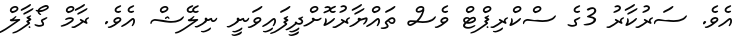
އެވެ. ސަރުކާރު 3ގެ ސްކްރިޕްޓް ވެސް ތައްޔާރުކޮށްދީފައިވަނީ ނިލޭޝް އެވެ. ރާމް ގޯޕާލް